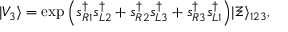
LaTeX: | V _ { 3 } \rangle = \exp \Big ( s _ { R 1 } ^ { \dag } s _ { L 2 } ^ { \dag } + s _ { R 2 } ^ { \dag } s _ { L 3 } ^ { \dag } + s _ { R 3 } ^ { \dag } s _ { L 1 } ^ { \dag } \Big ) | \Xi \rangle _ { 1 2 3 } ,